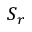
S _ { r }